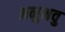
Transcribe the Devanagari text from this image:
अनुभवु